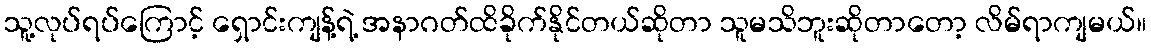
သူ့လုပ်ရပ်ကြောင့် ရှောင်းကျန့်ရဲ့ အနာဂတ်ထိခိုက်နိုင်တယ်ဆိုတာ သူမသိဘူးဆိုတာတော့ လိမ်ရာကျမယ်။